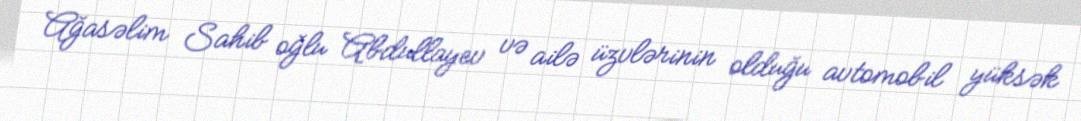
Ağasəlim Sahib oğlu Abdullayev və ailə üzvlərinin olduğu avtomobil yüksək